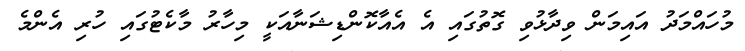
މުހައްމަދު އައިމަން ވިދާޅުވި ގޮތުގައި އެ އެއާކޮންޑިޝަނާއަކީ މިހާރު މާކެޓުގައި ހުރި އެންމެ